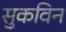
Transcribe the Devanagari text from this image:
सुकविन